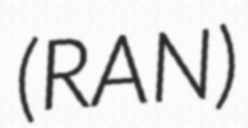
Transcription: (RAN)